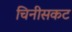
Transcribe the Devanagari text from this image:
चिनीसकट